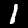
Digit: 1